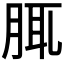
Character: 𦛖